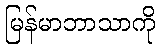
မြန်မာဘာသာကို